Civil Veterinary Department. United Provinces 1923-31 - 1923-1931
Year: 1923
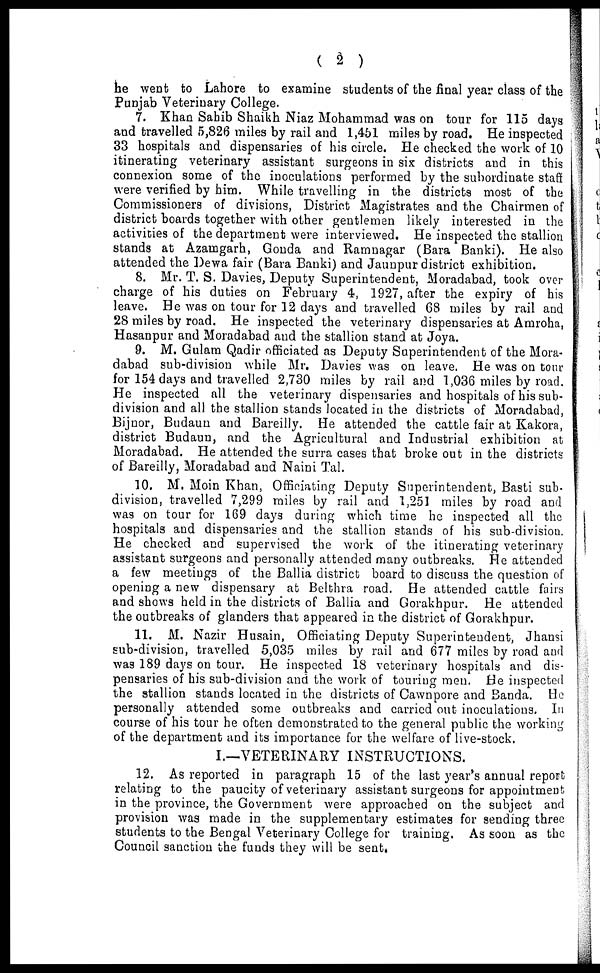
( 2 )
he went to Lahore to examine students of the final year class of the
Punjab Veterinary College.
7. Khan Sahib Shaikh Niaz Mohammad was on tour for 115 days
and travelled 5,826 miles by rail and 1,451 miles by road. He inspected
33 hospitals and dispensaries of his circle. He checked the work of 10
itinerating veterinary assistant surgeons in six districts and in this
connexion some of the inoculations performed by the subordinate staff
were verified by him. While travelling in the districts most of the
Commissioners of divisions, District Magistrates and the Chairmen of
district boards together with other gentlemen likely interested in the
activities of the department were interviewed. He inspected the stallion
stands at Azamgarh, Gonda and Ramnagar (Bara Banki). He also
attended the Dewa fair (Bara Banki) and Jaunpur district exhibition.
8. Mr. T. S. Davies, Deputy Superintendent, Moradabad, took over
charge of his duties on February 4, 1927, after the expiry of his
leave. He was on tour for 12 days and travelled 68 miles by rail and
28 miles by road. He inspected the veterinary dispensaries at Amroha,
Hasanpur and Moradabad and the stallion stand at Joya.
9. M. Gulam Qadir officiated as Deputy Superintendent of the Mora-
dabad sub-division while Mr. Davies was on leave. He was on tour
for 154 days and travelled 2,730 miles by rail and 1,036 miles by road.
He inspected all the veterinary dispensaries and hospitals of his sub-
division and all the stallion stands located in the districts of Moradabad,
Bijnor, Budaun and Bareilly. He attended the cattle fair at Kakora,
district Budaun, and the Agricultural and Industrial exhibition at
Moradabad. He attended the surra cases that broke out in the districts
of Bareilly, Moradabad and Naini Tal.
10. M. Moin Khan, Officiating Deputy Superintendent, Basti sub-
division, travelled 7,299 miles by rail and 1,251 miles by road and
was on tour for 169 days during which time he inspected all the
hospitals and dispensaries and the stallion stands of his sub-division.
He checked and supervised the work of the itinerating veterinary-
assistant surgeons and personally attended many outbreaks. He attended
a few meetings of the Ballia district board to discuss the question of
opening a new dispensary at Belthra road. He attended cattle fairs
and shows held in the districts of Ballia and Gorakhpur. He attended
the outbreaks of glanders that appeared in the district of Gorakhpur.
11. M. Nazir Husain, Officiating Deputy Superintendent, Jhansi
subdivision, travelled 5,035 miles by rail and 677 miles by road and
was 189 days on tour. He inspected 18 veterinary hospitals and dis-
pensaries of his sub-division and the work of touring men. He inspected
the stallion stands located in the districts of Cawnpore and Banda. He
personally attended some outbreaks and carried out inoculations. In
course of his tour he often demonstrated to the general public the working
of the department and its importance for the welfare of live-stock.
I.—VETERINARY INSTRUCTIONS.
12. As reported in paragraph 15 of the last year's annual report
relating to the paucity of veterinary assistant surgeons for appointment
in the province, the Government were approached on the subject and
provision was made in the supplementary estimates for sending three
students to the Bengal Veterinary College for training. As soon as the
Council sanction the funds they will be sent.